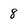
Character: 8